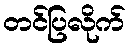
တင်ပြလိုက်